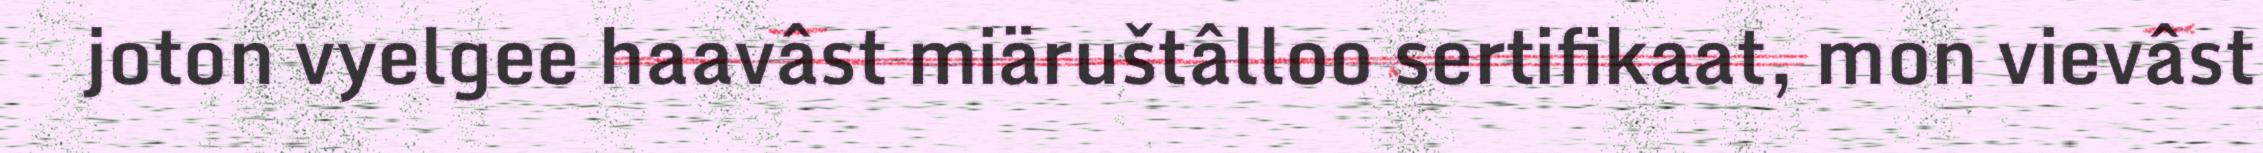
joton vyelgee haavâst miäruštâlloo sertifikaat, mon vievâst